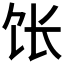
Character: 𫗠